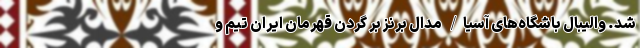
شد. والیبال باشگاه‌های آسیا/ مدال برنز بر گردن قهرمان ایران تیم و